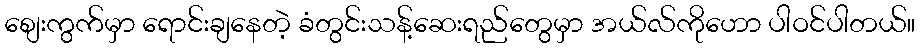
စျေးကွက်မှာ ရောင်းချနေတဲ့ ခံတွင်းသန့်ဆေးရည်တွေမှာ အယ်လ်ကိုဟော ပါဝင်ပါတယ်။